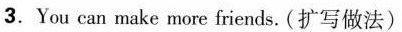
3. You can make more friends. (扩写做法)